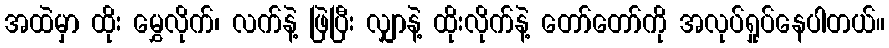
အထဲမှာ ထိုး မွှေလိုက်၊ လက်နဲ့ ဖြဲပြီး လျှာနဲ့ ထိုးလိုက်နဲ့ တော်တော်ကို အလုပ်ရှုပ်နေပါတယ်။